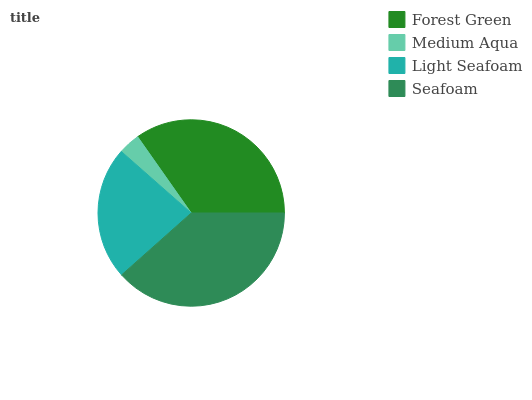
| Forest Green | Medium Aqua | Light Seafoam | Seafoam |
 | --- | --- | --- | --- |
 | 34.7% | 3.78% | 23.1% | 38.4% |